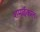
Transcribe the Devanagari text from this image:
शमाईकल